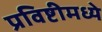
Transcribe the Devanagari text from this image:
प्रविष्टीमध्ये